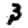
Digit: 3